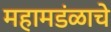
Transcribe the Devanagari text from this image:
महामडंळाचे